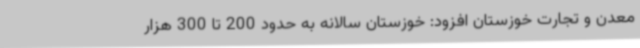
معدن و تجارت خوزستان افزود: خوزستان سالانه به حدود 200 تا 300 هزار